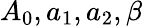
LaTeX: A_{0},a_{1},a_{2},\beta